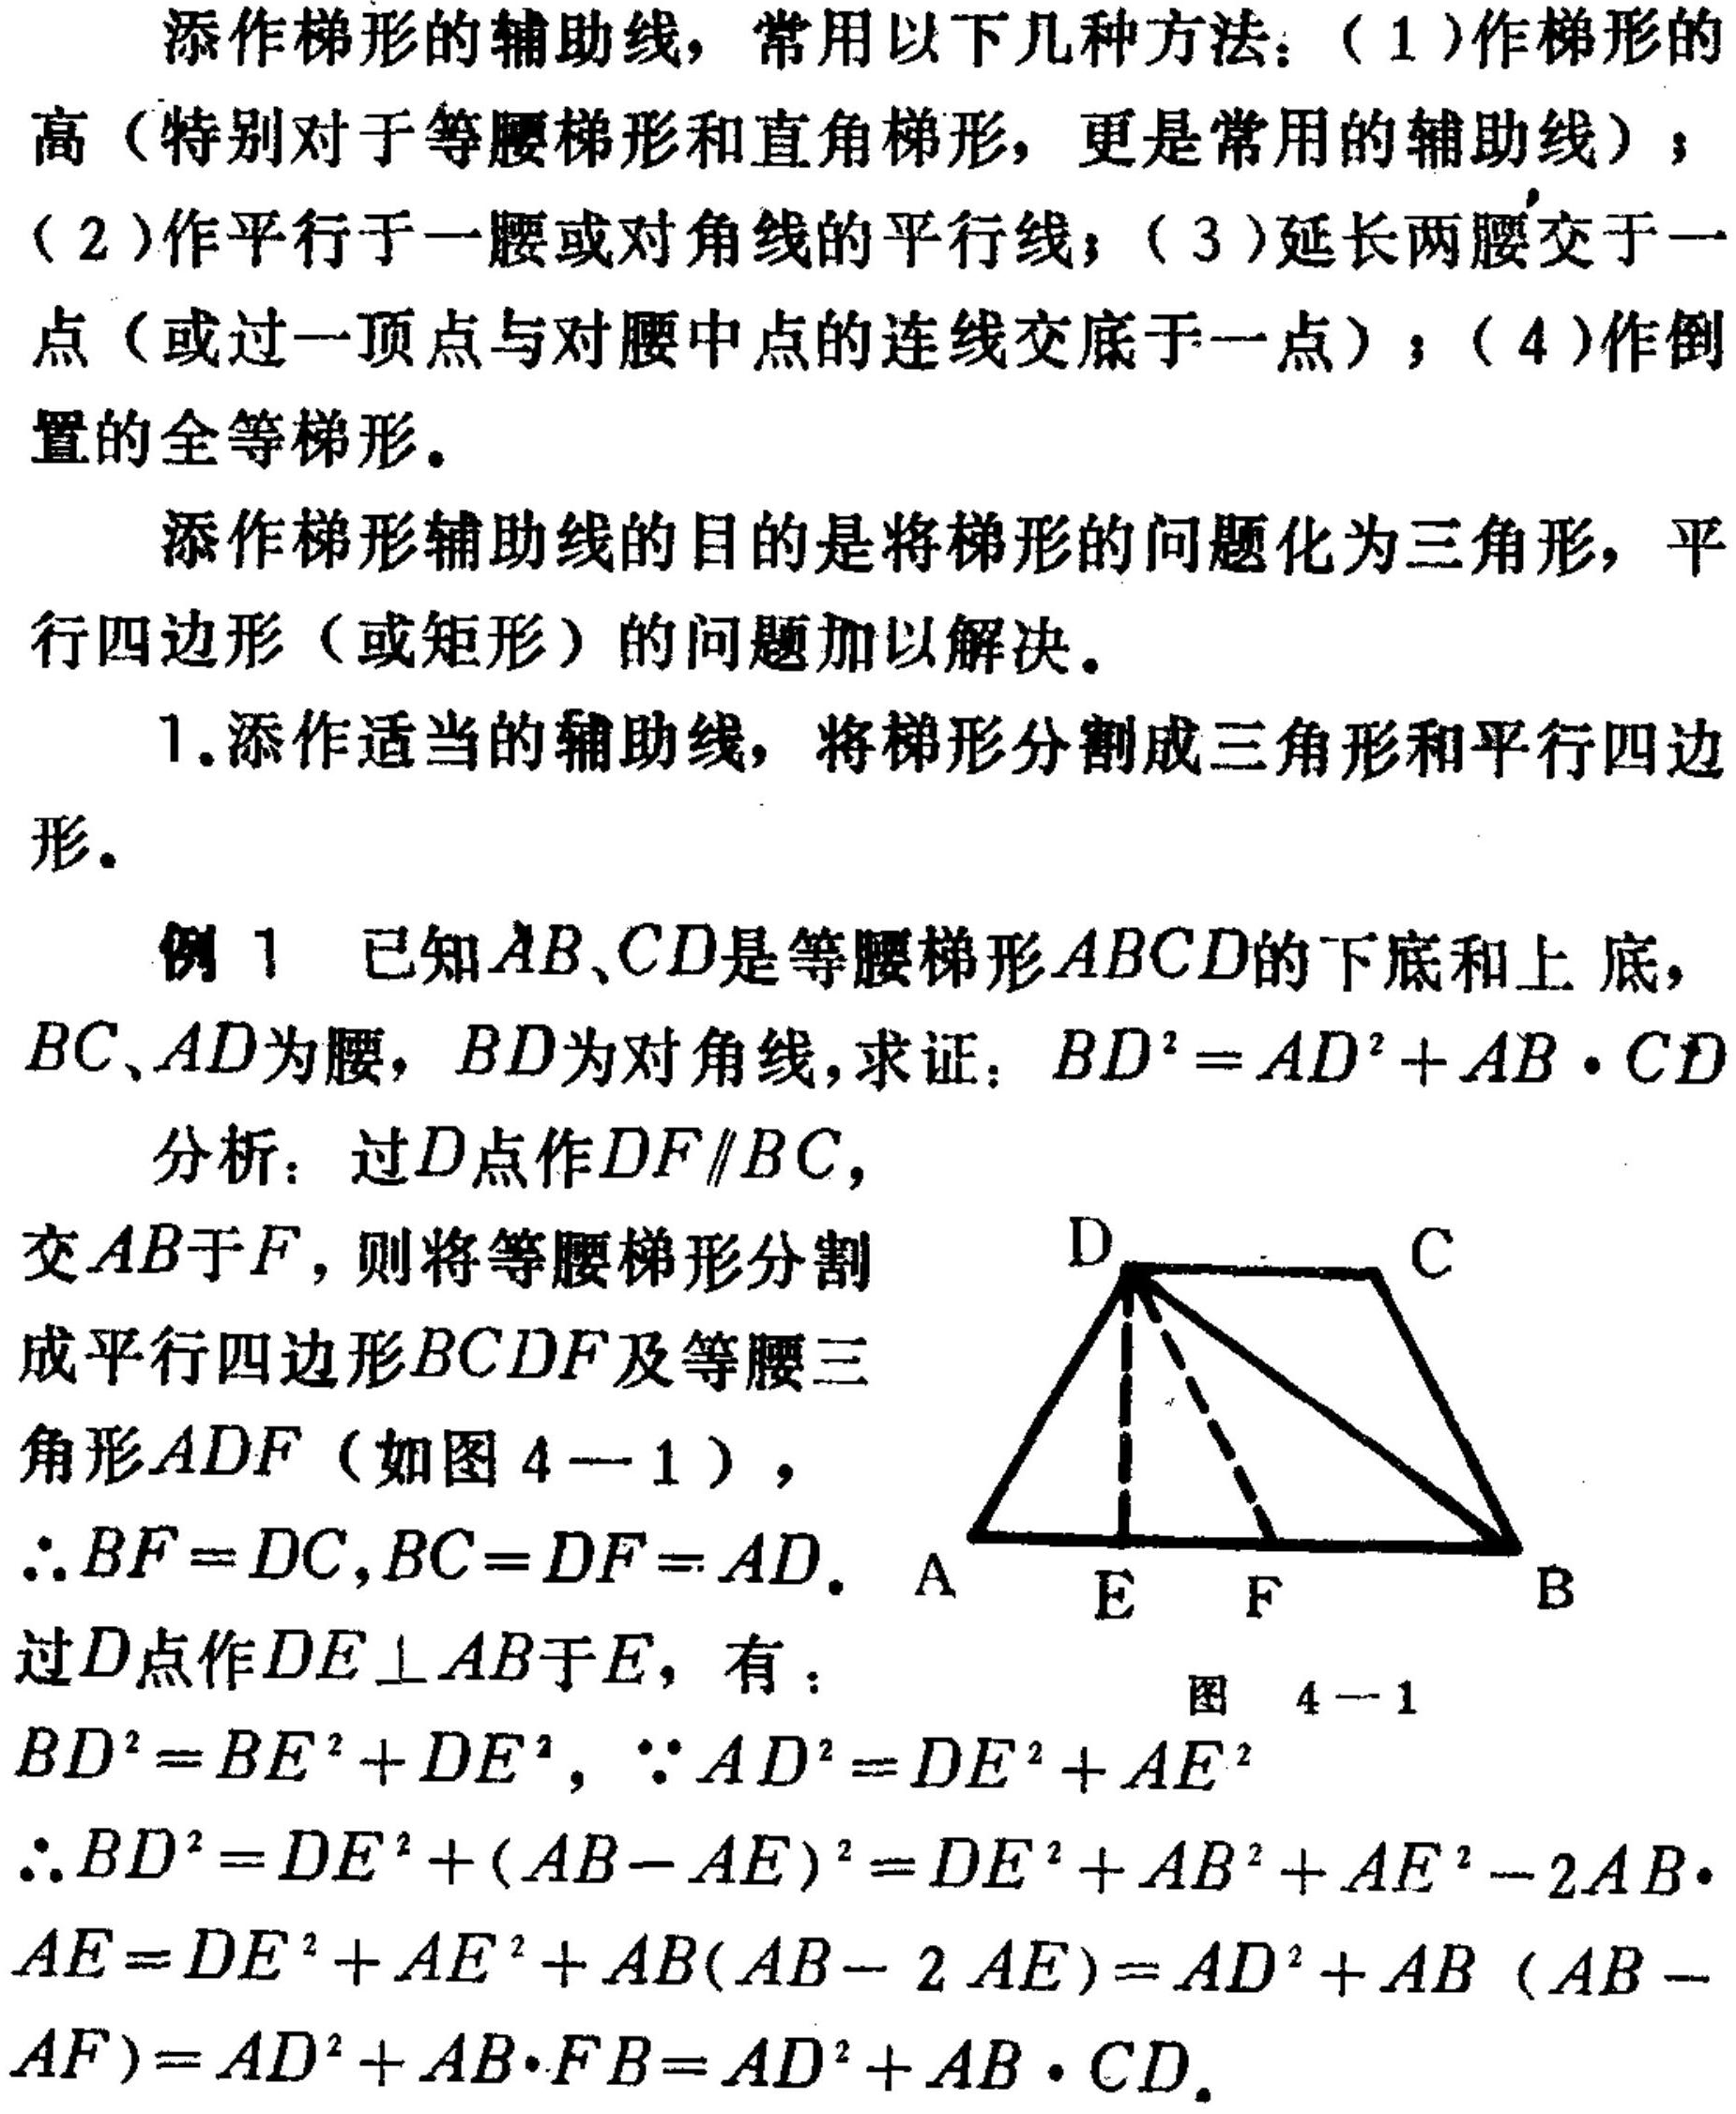
四、关于梯形辅助线的添作
添作梯形的辅助线，常用以下几种方法：（1）作梯形的高（特别对于等腰梯形和直角梯形，更是常用的辅助线）；（2）作平行于一腰或对角线的平行线；（3）延长两腰交于一点（或过一顶点与对腰中点的连线交底于一点）；（4）作倒置的全等梯形。
添作梯形辅助线的目的是将梯形的问题化为三角形，平行四边形（或矩形）的问题加以解决。
1.添作适当的辅助线，将梯形分割成三角形和平行四边形。
例1 已知\(AB、CD\)是等腰梯形\(ABCD\)的下底和上底，\(BC、AD\)为腰，\(BD\)为对角线，求证：\(BD^{2}=AD^{2}+AB\cdot CD\)
分析：过\(D\)点作\(DF\parallel BC\)，交\(AB\)于\(F\)，则将等腰梯形分割成平行四边形\(BCDF\)及等腰三角形\(ADF\)（如图 \(4 - 1\)），\(\therefore BF = DC,BC = DF = AD\). 过\(D\)点作\(DE\perp AB\)于\(E\)，有：
\(BD^{2}=BE^{2}+DE^{2}\)，\(\because AD^{2}=DE^{2}+AE^{2}\)
\(\therefore BD^{2}=DE^{2}+(AB - AE)^{2}=DE^{2}+AB^{2}+AE^{2}-2AB\cdot AE=DE^{2}+AE^{2}+AB(AB - 2AE)=AD^{2}+AB(AB - AF)=AD^{2}+AB\cdot FB=AD^{2}+AB\cdot CD\).